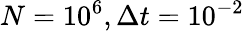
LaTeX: N=10^{6},\Delta t=10^{-2}